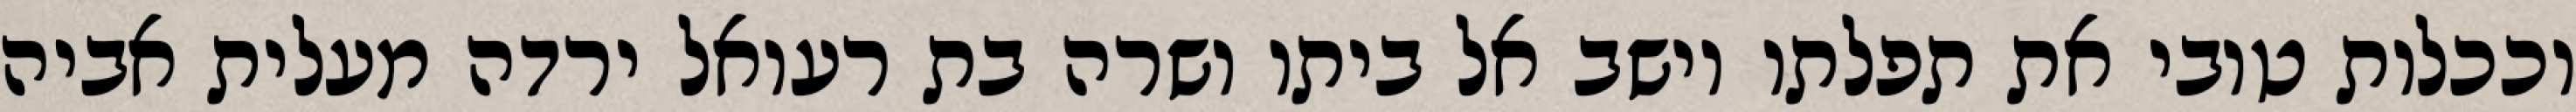
וככלות טובי את תפלתו וישב אל ביתו ושרה בת רעואל ירדה מעלית אביה